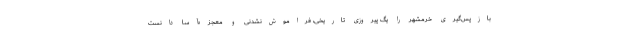
بازپس‌گیری خرمشهر را یگ پیروزی تاریخی، فراموش‌نشدنی و معجزه‌آسا دانست